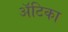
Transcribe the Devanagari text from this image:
अॅटिका